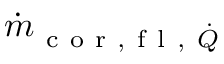
\dot { m } _ { \mathrm { ~ c ~ o ~ r ~ , ~ f ~ l ~ , ~ } \dot { Q } }